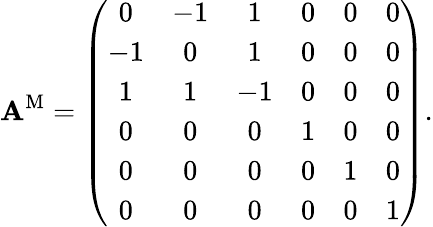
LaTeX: \textbf{A}^{\mathrm{M}}=\left(\begin{array}{cccccc}{0}&{-1}&{1}&{0}&{0}&{0}\\ {-1}&{0}&{1}&{0}&{0}&{0}\\ {1}&{1}&{-1}&{0}&{0}&{0}\\ {0}&{0}&{0}&{1}&{0}&{0}\\ {0}&{0}&{0}&{0}&{1}&{0}\\ {0}&{0}&{0}&{0}&{0}&{1}\end{array}\right).